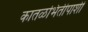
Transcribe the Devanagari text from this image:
कातळभिंतीपाशी